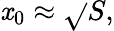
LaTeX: \mathit{x}_{0}\approx{\sqrt{}{{S}}},